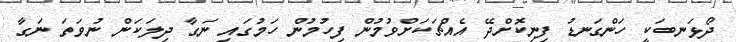
ދޯޅަނބަކީ ހަންގަނޑު ފިނިކޮށްދޭ އެއްޗަކަށްވުމުން ފިހުމުން ހަމުގައި ނަގާ ދިލަކަން ނުވަތަ ނަގާ